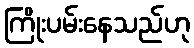
ကြိုးပမ်းနေသည်ဟု